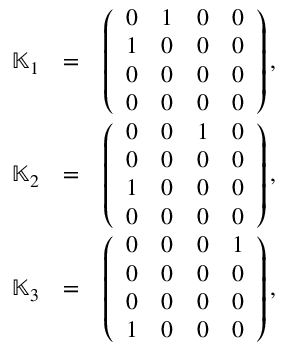
\begin{array} { r l r } { { \mathbb K } _ { 1 } } & { = } & { \left( \begin{array} { r r r r } { 0 } & { 1 } & { 0 } & { 0 } \\ { 1 } & { 0 } & { 0 } & { 0 } \\ { 0 } & { 0 } & { 0 } & { 0 } \\ { 0 } & { 0 } & { 0 } & { 0 } \end{array} \right) , } \\ { { \mathbb K } _ { 2 } } & { = } & { \left( \begin{array} { r r r r } { 0 } & { 0 } & { 1 } & { 0 } \\ { 0 } & { 0 } & { 0 } & { 0 } \\ { 1 } & { 0 } & { 0 } & { 0 } \\ { 0 } & { 0 } & { 0 } & { 0 } \end{array} \right) , } \\ { { \mathbb K } _ { 3 } } & { = } & { \left( \begin{array} { r r r r } { 0 } & { 0 } & { 0 } & { 1 } \\ { 0 } & { 0 } & { 0 } & { 0 } \\ { 0 } & { 0 } & { 0 } & { 0 } \\ { 1 } & { 0 } & { 0 } & { 0 } \end{array} \right) , } \end{array}